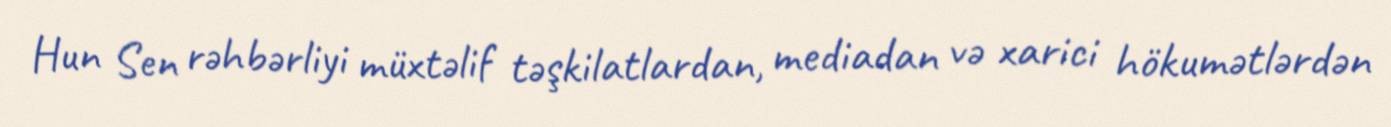
Hun Sen rəhbərliyi müxtəlif təşkilatlardan, mediadan və xarici hökumətlərdən